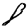
Digit: 8